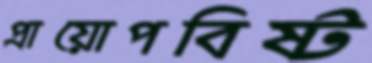
প্রায়োপবিষ্ট